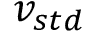
v _ { s t d }